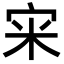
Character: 宩